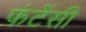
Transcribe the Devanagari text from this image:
फंटेंसी